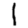
Digit: 1